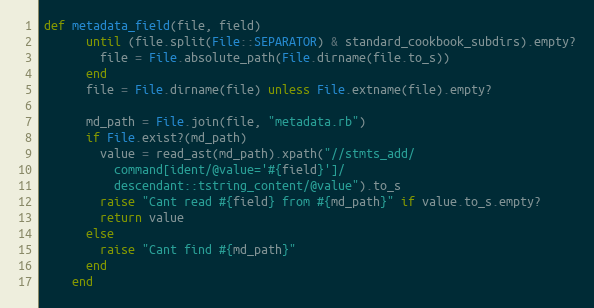
Language: Ruby
def metadata_field(file, field)
      until (file.split(File::SEPARATOR) & standard_cookbook_subdirs).empty?
        file = File.absolute_path(File.dirname(file.to_s))
      end
      file = File.dirname(file) unless File.extname(file).empty?

      md_path = File.join(file, "metadata.rb")
      if File.exist?(md_path)
        value = read_ast(md_path).xpath("//stmts_add/
          command[ident/@value='#{field}']/
          descendant::tstring_content/@value").to_s
        raise "Cant read #{field} from #{md_path}" if value.to_s.empty?
        return value
      else
        raise "Cant find #{md_path}"
      end
    end